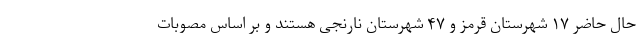
حال حاضر ۱۷ شهرستان قرمز و ۴۷ شهرستان نارنجی هستند و بر اساس مصوبات